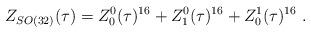
LaTeX: \begin{align*}Z_{SO(32)}(\tau) = Z^0_0(\tau)^{16}+Z^0_1(\tau)^{16}+Z^1_0(\tau)^{16}\ .\end{align*}